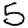
Digit: 5